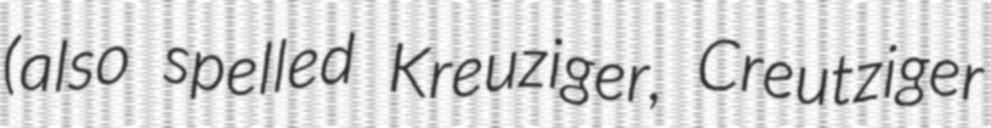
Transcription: (also spelled Kreuziger, Creutziger